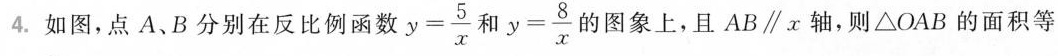
4. 如图，点A、B分别在反比例函数 $$y = \frac { 5 } { x }$$ 和$$y = \frac { 8 } { x }$$的图象上，且A B \parallel x轴，则△ O A B的面积等